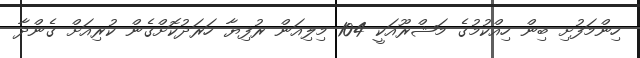
ހިންމަފުށި ބިން ހިއްކުމުގެ މަޝްރޫއަކީ 104 މިލިއަން ރުފިޔާ ހަރަދުކޮށްގެން ކުރިއަށް ގެންދާ